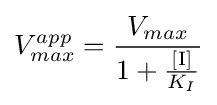
V_{max}^{app}={\frac {V_{max}}{1+{\frac {[\mathrm {I} ]}{K_{I}}}}}